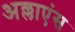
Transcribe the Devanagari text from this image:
अल्लाएंस